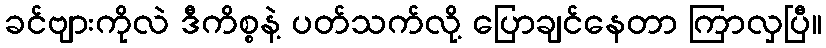
ခင်ဗျားကိုလဲ ဒီကိစ္စနဲ့ ပတ်သက်လို့ ပြောချင်နေတာ ကြာလှပြီ။